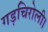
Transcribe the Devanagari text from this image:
गड़चिरोली।